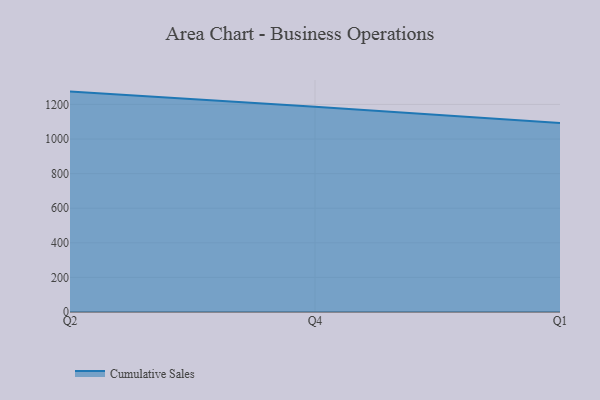
{"axis": {"x": "Quarter", "y": "Tickets Resolved"}, "legend": ["Cumulative Sales"], "data": [{"x": "Q2", "y": 1274.2, "type": "Cumulative Sales"}, {"x": "Q4", "y": 1186.1, "type": "Cumulative Sales"}, {"x": "Q1", "y": 1093.2, "type": "Cumulative Sales"}]}